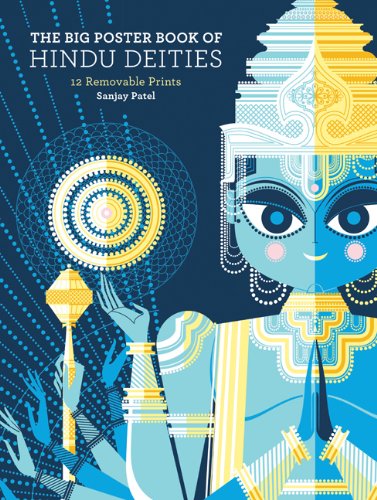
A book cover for The Big Poster Book of Hindu Deities: 12 Removable Prints; Sanjay Patel; Arts & Photography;